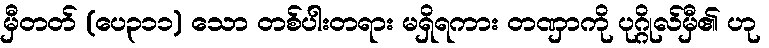
မှီတတ် (ပေ၃၁၁) သော တစ်ပါးတရား မရှိရကား တဏှာကို ပုဂ္ဂိုလ်မှီ၏ ဟု